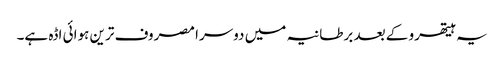
یہ ہیتھرو کے بعد برطانیہ میں دوسرا مصروف ترین ہوائی اڈہ ہے۔